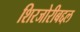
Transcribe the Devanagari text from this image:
शिरजोरीबद्दल